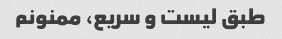
طبق لیست و سریع، ممنونم